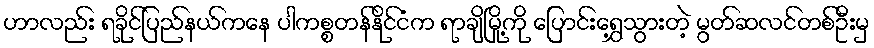
ဟာလည်း ရခိုင်ပြည်နယ်ကနေ ပါကစ္စတန်နိုင်ငံက ရာချိမြို့ကို ပြောင်းရွှေ့သွားတဲ့ မွတ်ဆလင်တစ်ဦးမှ